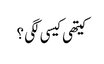
کیتھی کیسی لگی ؟